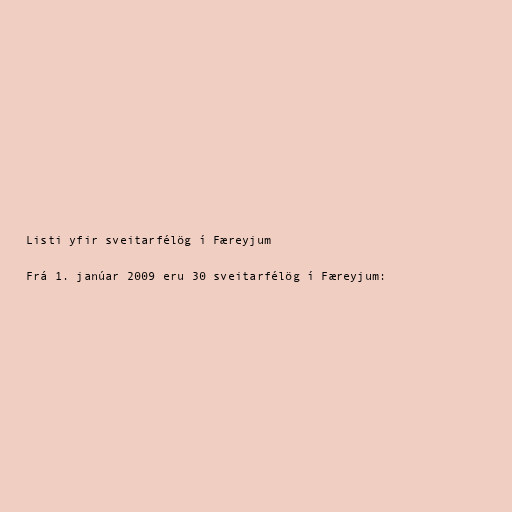
Listi yfir sveitarfélög í Færeyjum

Frá 1. janúar 2009 eru 30 sveitarfélög í Færeyjum: